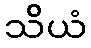
သိယံ